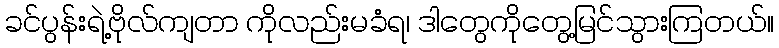
ခင်ပွန်းရဲ့ဗိုလ်ကျတာ ကိုလည်းမခံရ၊ ဒါတွေကိုတွေ့မြင်သွားကြတယ်။